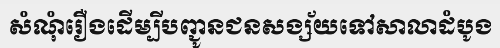
សំណុំរឿងដើម្បីបញ្ជូនជនសង្ស័យទៅសាលាដំបូង